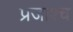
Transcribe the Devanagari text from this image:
प्रजाश्‍च